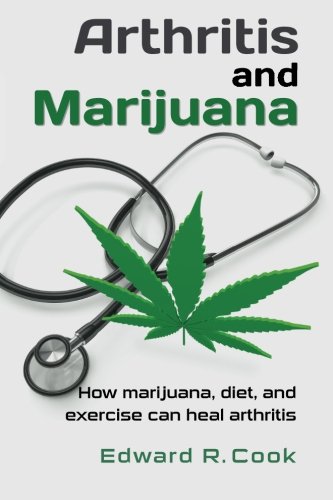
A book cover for Arthritis and Marijuana: How Marijuana, Diet, and Exercise Can Heal Arthritis; Edward R. Cook; Health, Fitness & Dieting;